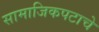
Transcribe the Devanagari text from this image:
सामाजिकपटाचे